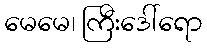
မေမေ၊ ကြီးဒေါ်ရော